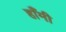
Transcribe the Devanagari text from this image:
हाँमी